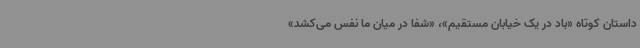
داستان کوتاه «باد در یک خیابان مستقیم»، «شفا در میان ما نفس می‌کشد»